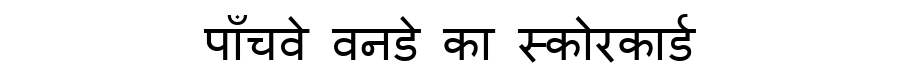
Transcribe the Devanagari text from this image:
पाँचवे वनडे का स्कोरकार्ड